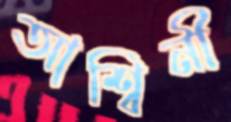
আশ্বিনী